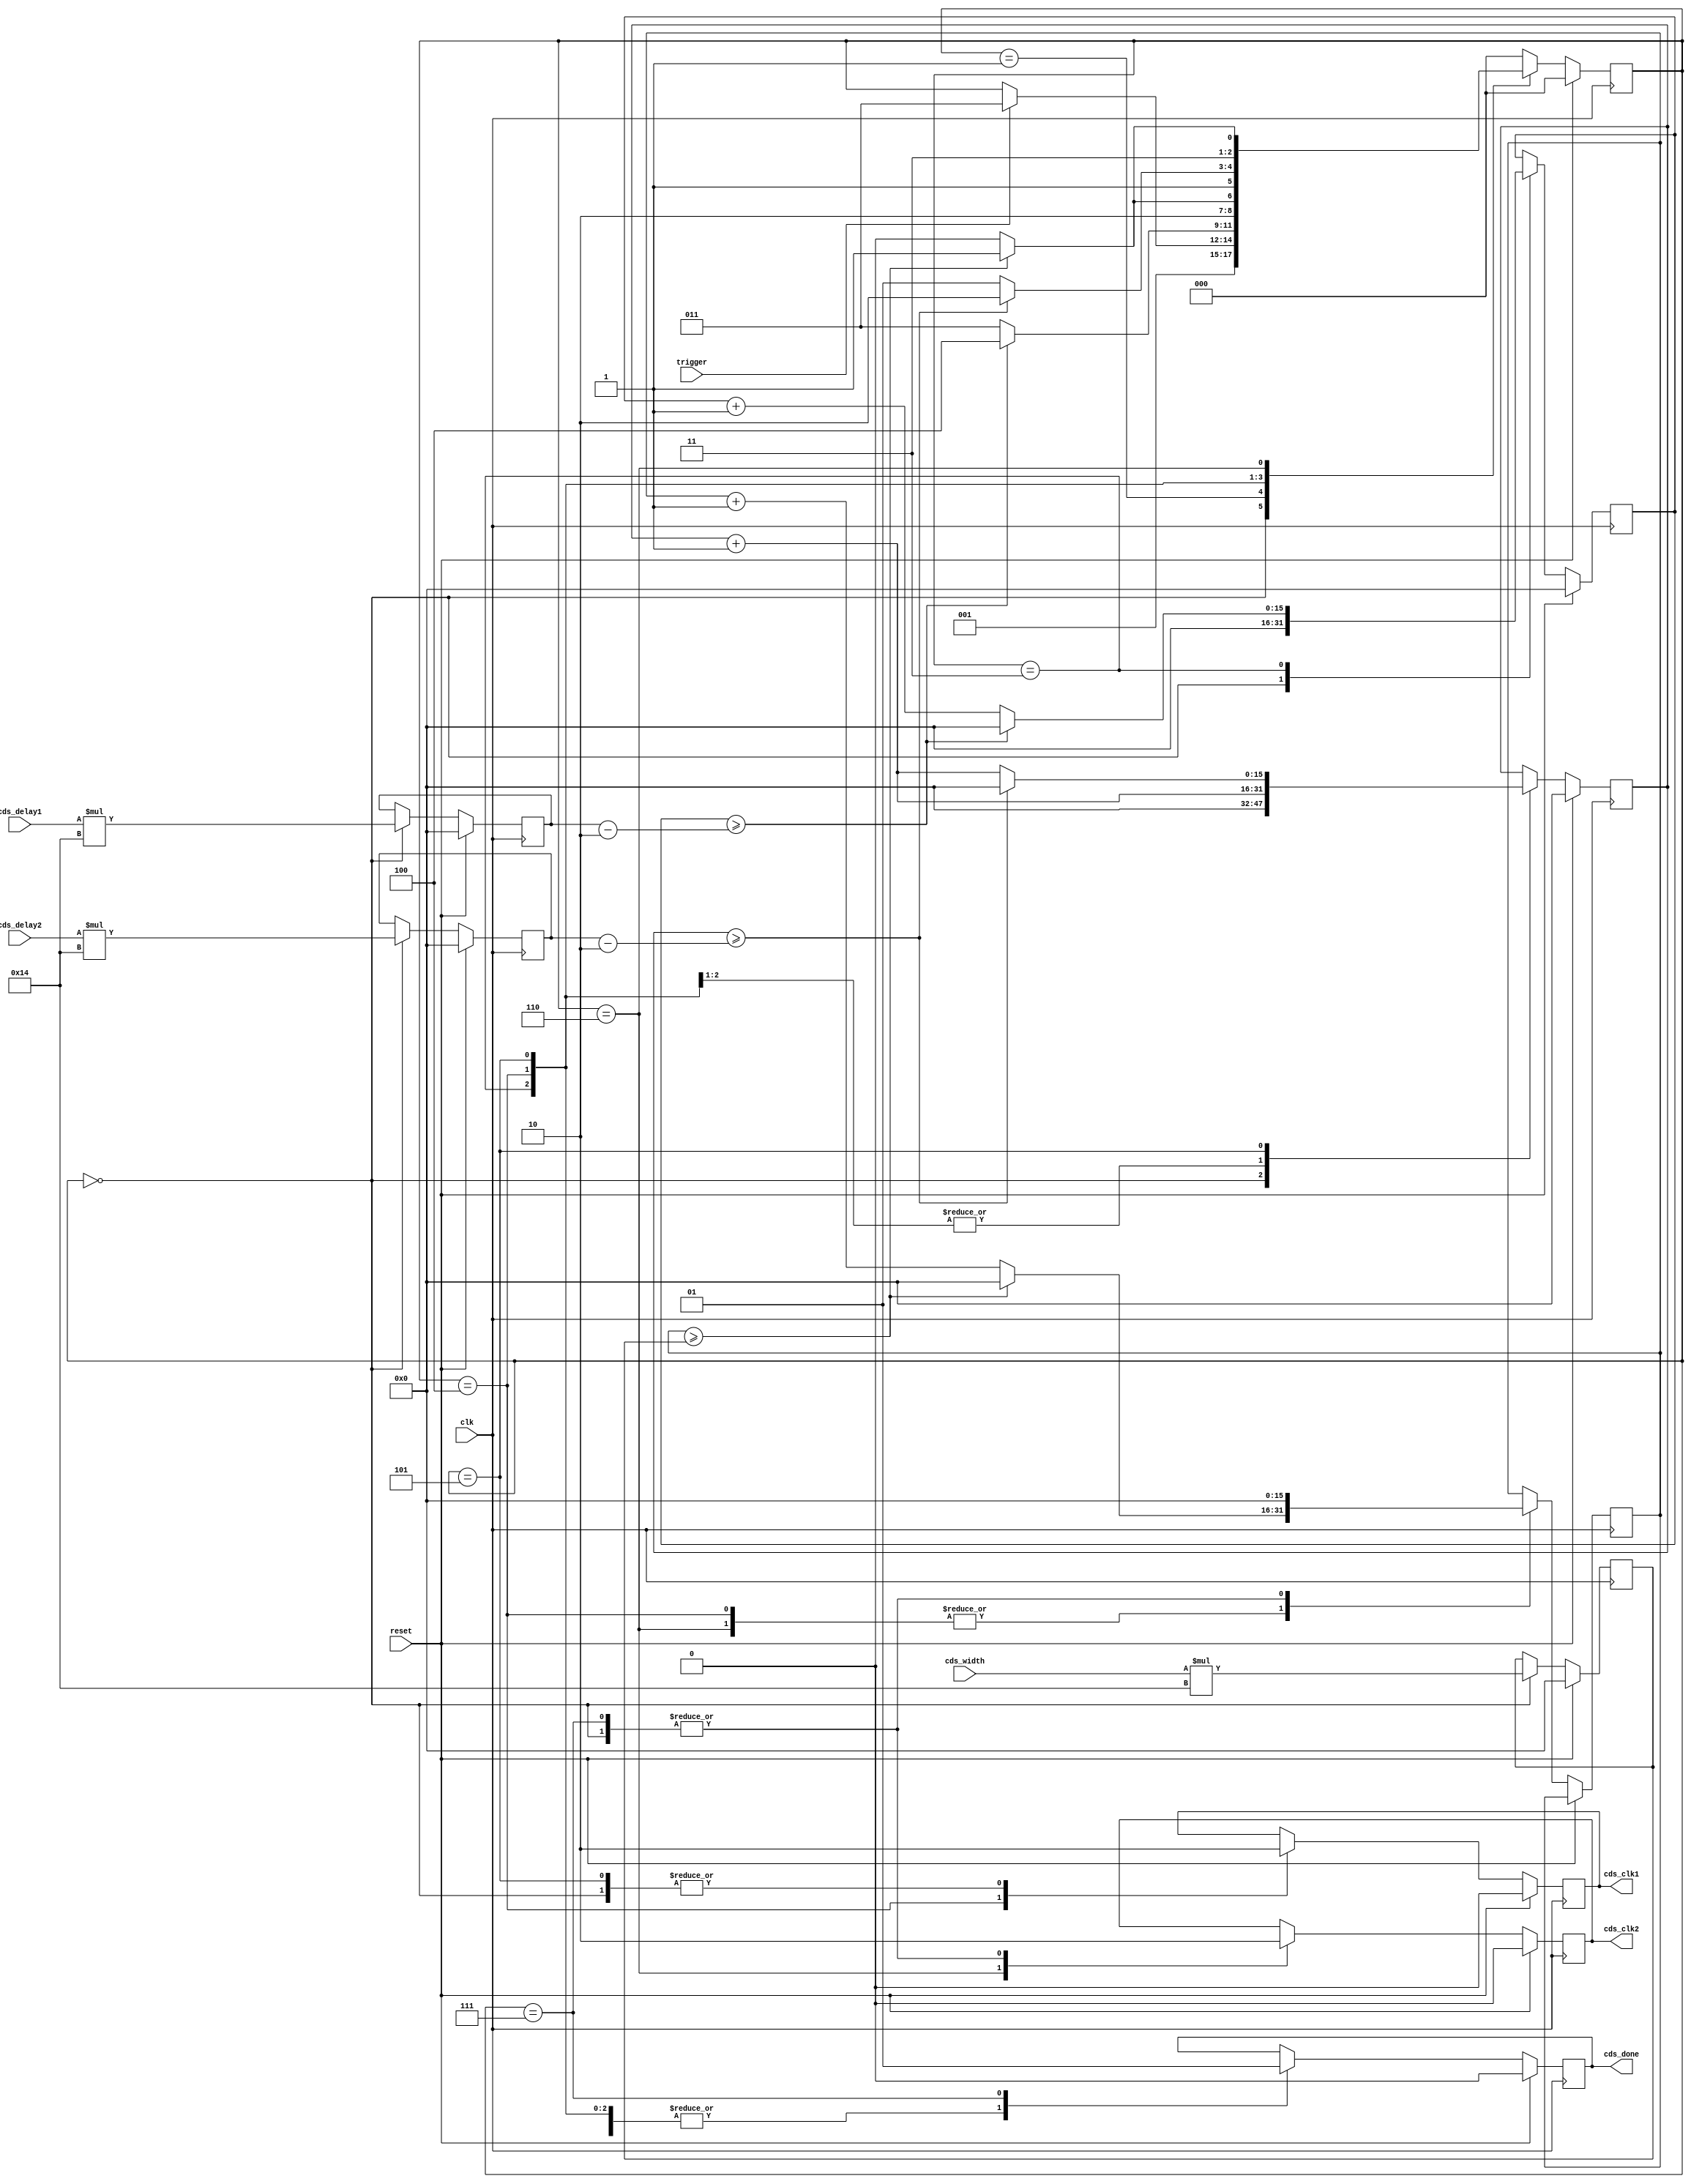
`timescale 1ns / 1ps
//////////////////////////////////////////////////////////////////////////////////
// Company: 		Yale
// 
// Design Name: 	 LCMS2012 Verilog 
// Module Name:    cds_clk_geberator 
// Project Name:   LCMS2012 Verilog
// Target Devices: XEM6010
// Tool versions:  Xilinx ISE 13.1
// Description:    creates the cds_clk1 and cds_clk2 signals as high


// for 1 clk pulse every cds_delay1 (in us) and cds_delay2 (in us) after the falling edge of the trigger
//						 the trigger is expected to be the signal that resets the integrator/post amp.  when done resetting (trigger rising edge), counts us until
//                 cds_delay1 then sets cds_strobe high for 1 cycle, then counts until cds_delay2 then waits for the next trigger again
//                 for now the input clock is exepected to be 1MHz to have a 1us clock for this module
// Dependencies:   none
//
// Revision: 
// Revision 0.01 - File Created
// Additional Comments: 
//
//////////////////////////////////////////////////////////////////////////////////
module cds_clk_generator(
    input clk,			//adc clock, 20 MHz for counting purposes
    input reset,		//reset
	 input trigger,	//the trigger to start counting on, usually the reset pulse (ie when integrator reset rising edge)
    input [0:15] cds_delay1, //in us, offset from the trigger
    input [0:15] cds_delay2, //in us, offset from the trigger
	 input [0:15] cds_width,  //in us, tells us how long to let the clk be high
	 output cds_clk1,	//this goes high after cds_delay1 for cds_width microseconds,
	 output cds_clk2, //this goes high after cds_delay2 for cds_width microseconds,
	 output cds_done			//this goes high to indicate when cds_clk2 is finished and the adc can sample the result
    );

reg [0:2] state;

//parameter s_reset = 2'b00;
parameter s_latch							= 3'b000;
parameter s_wait_for_trig_high		= 3'b001;
parameter s_wait_for_trig_low			= 3'b010;
parameter s_count_for_first_sample	= 3'b011;
parameter s_high1 						= 3'b100;
parameter s_count_for_second_sample = 3'b101;
parameter s_high2 						= 3'b110;
parameter s_done							= 3'b111;

reg[15:0] low1_time_counter;
reg[15:0] low2_time_counter;
reg[15:0] high_time_counter;
reg[15:0] low1_time_latch;
reg[15:0] low2_time_latch;
reg[15:0] high_time_latch;

reg cds_clk1_r;
reg cds_clk2_r;
reg cds_done_r;

assign cds_clk1 = cds_clk1_r;
assign cds_clk2 = cds_clk2_r;
assign cds_done = cds_done_r;

//always @ (posedge clk or posedge reset) begin

	always @ (posedge clk) begin  //negedge because we are looking for the positive edge of the trigger, integrator reset 
		if (reset) begin
				low1_time_counter <= 0;
				low2_time_counter <= 0;
				low1_time_latch <= 0;
				low2_time_latch <= 0;
				high_time_latch <= 0;
				cds_clk1_r <= 0;
				cds_clk2_r <= 0;
				cds_done_r <= 0;
				state <= s_latch;
		end
		else begin
			case(state)
				
				s_latch:	begin
								cds_done_r <= 0;
								//cds_first <= 0;
								low1_time_counter <= 0;
								low2_time_counter <= 0;
								high_time_counter <= 0;
								low1_time_latch <= cds_delay1 *20; //convert from 20MHz clock to 1us
								low2_time_latch <= cds_delay2 *20;
								high_time_latch <= cds_width * 20;
								cds_clk1_r <= 0;
								cds_clk2_r <= 0;
								state <= s_wait_for_trig_high;
							end
								
				s_wait_for_trig_high :	begin
								cds_done_r <= 0;
								//cds_first <= 0;
								if(1 == trigger) begin
									state <= s_count_for_first_sample;
								end
							end

							
				s_count_for_first_sample : begin
								cds_done_r <= 0;
								//cds_first <= 0;
								low1_time_counter <= low1_time_counter + 1'b1;
								low2_time_counter <= low2_time_counter + 1'b1;
								state <= s_count_for_first_sample;
								if (low1_time_counter >= (low1_time_latch - 2'b10)) begin  //-2 because one tick is wasted low during s_latch
									state <= s_high1;
									low1_time_counter <= 0;
								end
							end
							
				s_high1:	begin
								cds_clk1_r <= 1;
								//cds_first <= 1;
								cds_done_r <= 0;
								low2_time_counter <= low2_time_counter + 1'b1;
								high_time_counter <= high_time_counter + 1'b1;
								state <= s_high1;
								if (high_time_counter >= (high_time_latch)) begin
									state <= s_count_for_second_sample;
									high_time_counter <= 0;
								end
							end
							
				s_count_for_second_sample : begin
								cds_clk1_r <= 0;
								cds_done_r <= 0;
								//cds_first <= 0;
								low2_time_counter <= low2_time_counter + 1'b1;
								state <= s_count_for_second_sample;
								if (low2_time_counter >= (low2_time_latch - 2'b10)) begin  //-2 because one tick is wasted low during s_latch
									state <= s_high2;
									low2_time_counter <=0;
								end
							end
							
				s_high2:	begin
								//cds_first <= 0;
								cds_clk2_r <= 1;
								high_time_counter <= high_time_counter +1'b1;
								state <= s_high2;
								if (high_time_counter >= (high_time_latch)) begin
									high_time_counter <=0;
									state <= s_done;
								end
							end
							
				s_done : begin
								cds_clk2_r <= 0;
								cds_done_r <= 1;
								high_time_counter <=0;
								state <= s_latch;
							end							
							
				default: state <= s_latch;
				
			endcase
		end
	end
endmodule